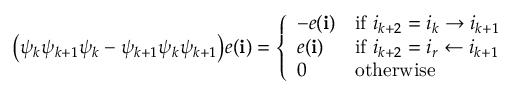
\begin{array} { r } { \big ( \psi _ { k } \psi _ { k + 1 } \psi _ { k } - \psi _ { k + 1 } \psi _ { k } \psi _ { k + 1 } \big ) e ( \mathbf { i } ) = \left\{ \begin{array} { l l } { - e ( \mathbf { i } ) } & { \mathrm { i f ~ } i _ { k + 2 } = i _ { k } \rightarrow i _ { k + 1 } } \\ { e ( \mathbf { i } ) } & { \mathrm { i f ~ } i _ { k + 2 } = i _ { r } \leftarrow i _ { k + 1 } } \\ { 0 } & { \mathrm { o t h e r w i s e } } \end{array} \right. } \end{array}